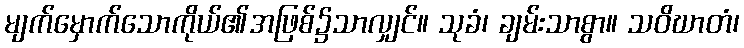
မျက်မှောက်သောကိုယ်၏အဖြစ်၌သာလျှင်။ သုခံ၊ ချမ်းသာစွာ။ သဝိဃာတံ၊